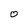
Character: 0